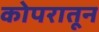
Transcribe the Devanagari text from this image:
कोपरातून